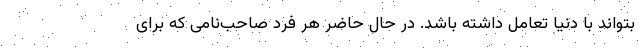
بتواند با دنیا تعامل داشته باشد. در حال حاضر هر فرد صاحب‌نامی که برای